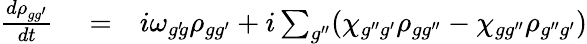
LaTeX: \begin{array}{rlr}{\frac{d\rho_{gg^{\prime}}}{dt}}&{{}=}&{i\omega_{g^{\prime}\! g}\rho_{gg^{\prime}}+i\sum_{g^{\prime\prime}}(\chi_{g^{\prime\prime}g^{\prime}}\rho_{gg^{\prime\prime}}-\chi_{gg^{\prime\prime}}\rho_{g^{\prime\prime}g^{\prime}})}\end{array}